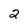
Character: 2